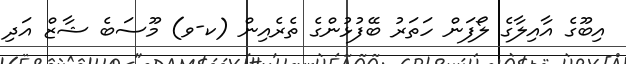
އިބޫގެ އާއިލާގެ ލޯފަން ހަތަރު ބޭފުޅުންގެ ތެރެއިން (ކ-ވ) މޫސަބެ ޝާޒް އަދި